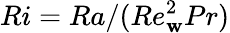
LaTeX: Ri=Ra/(Re_{\mathbf{w}}^{2}Pr)